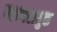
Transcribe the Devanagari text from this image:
परम्परायुक्त